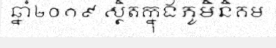
ឆ្នាំ២០១៩ ស្ថិតក្នុងភូមិនិគម